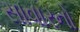
સાવારનો